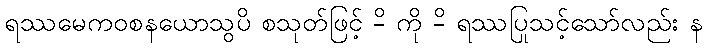
ရဿမေကဝစနယောသွပိ စသုတ်ဖြင့် -ိ ကို -ိ ရဿပြုသင့်သော်လည်း န